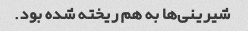
شیرینی‌ها به هم ریخته شده بود.